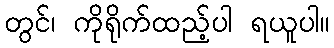
တွင်၊ ကိုရိုက်ထည့်ပါ ရယူပါ။